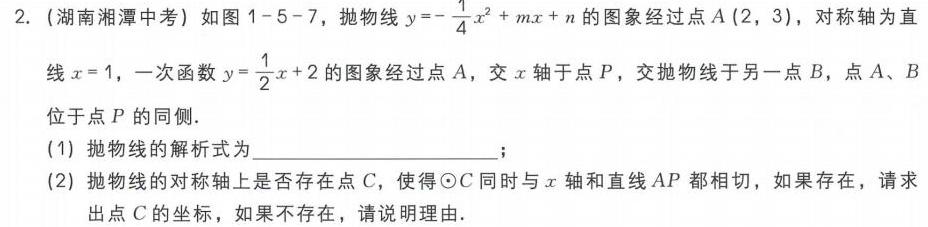
2. (湖南湘潭中考) 如图1 - 5 - 7，抛物线\(y = -\frac{1}{4}x^{2}+mx + n\)的图象经过点\(A(2,3)\)，对称轴为直
线\(x = 1\)，一次函数\(y=\frac{1}{2}x + 2\)的图象经过点\(A\)，交\(x\)轴于点\(P\)，交抛物线于另一点\(B\)，点\(A\)、\(B\)
位于点\(P\)的同侧.
(1) 抛物线的解析式为  ；
(2) 抛物线的对称轴上是否存在点\(C\)，使得\(\odot C\)同时与\(x\)轴和直线\(AP\)都相切，如果存在，请求
出点\(C\)的坐标，如果不存在，请说明理由.